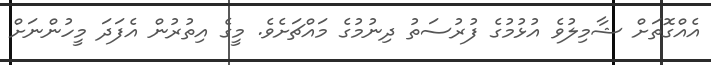
އެއްގޮތަށް ޝާމިލުވެ އުޅުމުގެ ފުރުސަތު ދިނުމުގެ މައްޗަށެވެ. މީގެ އިތުރުން އެފަދަ މީހުންނަށް